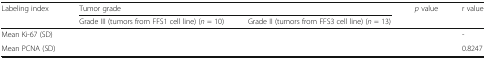
<table><thead><tr><td rowspan="2"><b>Labeling index</b></td><td colspan="2"><b>Tumor grade</b></td><td rowspan="2"><b><i>p</i> value</b></td><td rowspan="2"><b>r value</b></td></tr><tr><td><b>Grade III (tumors from FFS1 cell line) (<i>n</i> = 10)</b></td><td><b>Grade II (tumors from FFS3 cell line) (<i>n</i> = 13)</b></td></tr></thead><tbody><tr><td>Mean Ki-67 (SD)</td><td>[EMPTY_CELL]</td><td>[EMPTY_CELL]</td><td>[EMPTY_CELL]</td><td>-</td></tr><tr><td>Mean PCNA (SD)</td><td>[EMPTY_CELL]</td><td>[EMPTY_CELL]</td><td>[EMPTY_CELL]</td><td>0.8247</td></tr></tbody></table>